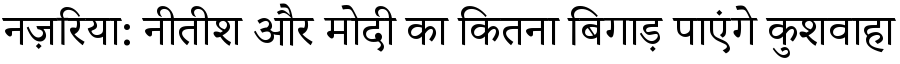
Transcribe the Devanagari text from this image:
नज़रिया: नीतीश और मोदी का कितना बिगाड़ पाएंगे कुशवाहा